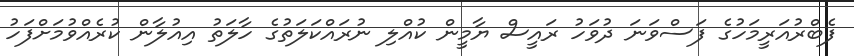
ފެބްރުއަރީމަހުގެ ފަސްވަނަ ދުވަހު ރައީސް ޔާމީން ކުއްލި ނުރައްކަލަތުގެ ހާލަތު އިއުލާން ކުރެއްވުމަށްފަހު